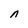
Character: n